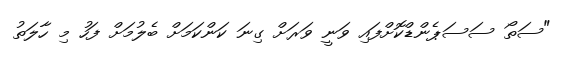
"ސަތޯ ސަސަޕެންޑްކޮށްފައި ވަނީ ވަރަށް ގިނަ ކަންކަމަށް ބެލުމަށް ފަހު މި ހާލަތު